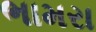
ભામરા